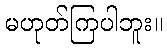
မဟုတ်ကြပါဘူး။